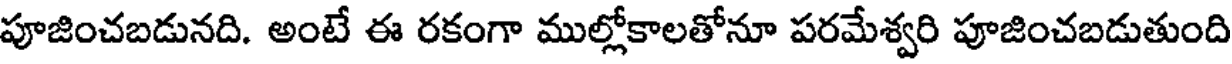
పూజించబడునది. అంటే ఈ రకంగా ముల్లోకాలతోనూ పరమేశ్వరి పూజించబడుతుంది